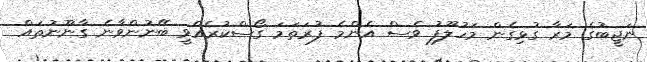
ނަޖީބުގެ މަރާ ގުޅިގެން މަހުލޫފު ވެސް އެންމެ ފުރަތަމަ ގޯސްކުރެއްވީ ބޭނުންވާނެ ގާނޫނުތައް